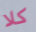
كلا